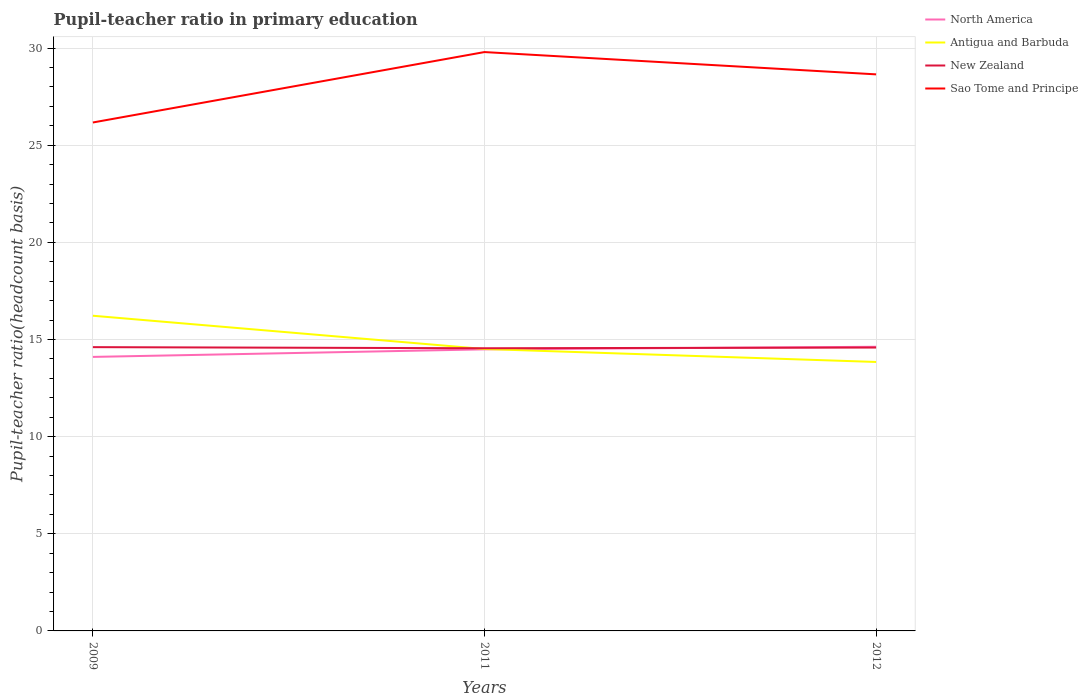
| Years | North America | Antigua and Barbuda | New Zealand | Sao Tome and Principe |
 | --- | --- | --- | --- | --- |
 | 2009 | 14.1 | 16.2 | 14.6 | 26.2 |
 | 2011 | 14.5 | 14.5 | 14.6 | 29.8 |
 | 2012 | 14.6 | 13.8 | 14.6 | 28.7 |